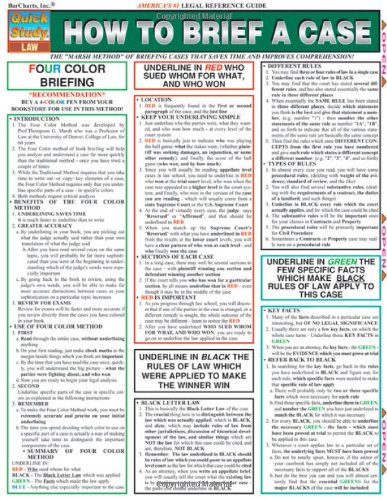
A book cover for How To Brief A Case (Quickstudy: Law); Inc. BarCharts; Law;